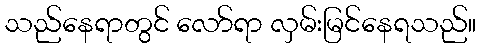
သည်နေရာတွင် လော်ရာ လှမ်းမြင်နေရသည်။